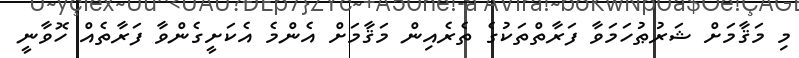
މި މަޤާމަށް ޝަރުޠުހަމަވާ ފަރާތްތަކުގެ ތެރެއިން މަޤާމަށް އެންމެ އެކަށީގެންވާ ފަރާތެއް ހޮވާނީ